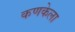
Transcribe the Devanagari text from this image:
कणकेला